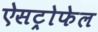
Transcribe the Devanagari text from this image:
ऐसट्रोफेल